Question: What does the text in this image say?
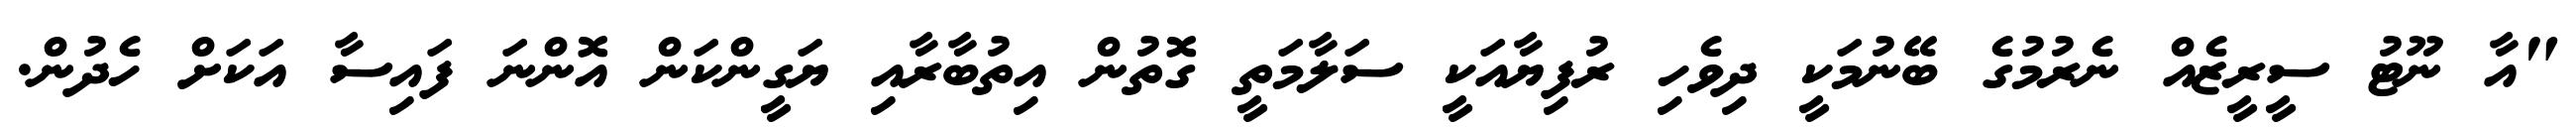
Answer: "އާ ނޫޓު ސީރީޒެއް ނެރުމުގެ ބޭނުމަކީ ދިވެހި ރުފިޔާއަކީ ސަލާމަތީ ގޮތުން އިތުބާރާއި ޔަގީންކަން އޮންނަ ފައިސާ އަކަށް ހެދުން.